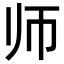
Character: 师